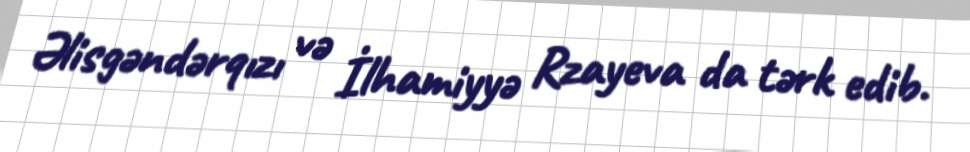
Əlisgəndərqızı və İlhamiyyə Rzayeva da tərk edib.